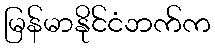
မြန်မာနိုင်ငံဘက်က